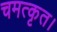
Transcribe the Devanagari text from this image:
चमत्कृत।